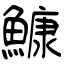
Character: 鱇